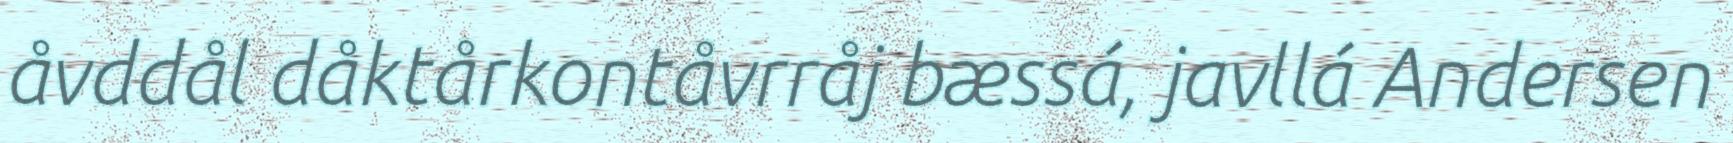
åvddål dåktårkontåvrråj bæssá, javllá Andersen